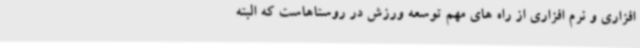
افزاری و نرم افزاری از راه های مهم توسعه ورزش در روستاهاست که البته